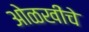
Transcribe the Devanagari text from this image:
ओळखींचे